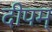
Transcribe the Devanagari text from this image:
दीपम्